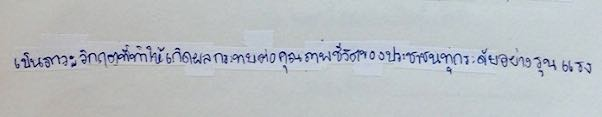
เป็นภาวะวิกฤติที่ทำให้เกิดผลกระทบต่อคุณภาพชีวิตของประชาชนทุกระดับอย่างรุนแรง